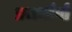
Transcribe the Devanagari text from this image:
प्रजनांगों